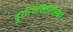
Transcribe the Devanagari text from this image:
दूतावासातल्या